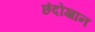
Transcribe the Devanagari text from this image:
छंदोज्ञान